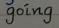
going